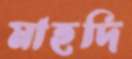
মাহদি